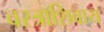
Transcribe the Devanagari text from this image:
वस्त्राशिवाय